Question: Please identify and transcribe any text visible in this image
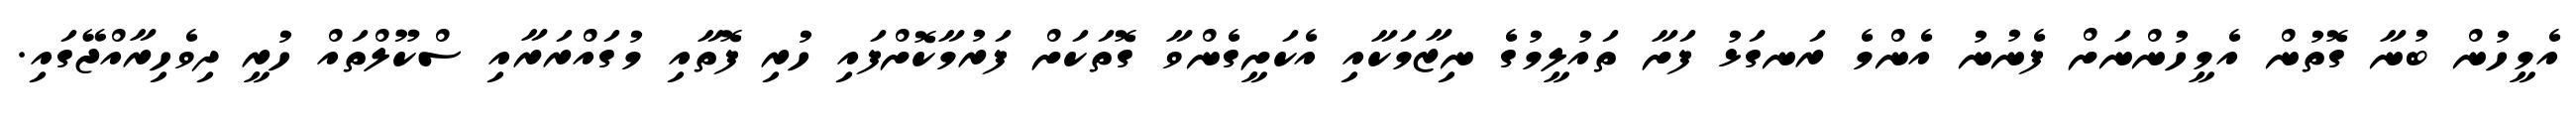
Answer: އެމީހުން ބުނާ ގޮތުން އެމީހުންނަށް ފެނުނު އެންމެ ރަނގަޅު ފަށާ ތައުލީމުގެ ނިޒާމަކާއި އެކަށީގެންވާ ގޮތަކަށް ފަރުމާކޮށްފައި ހުރި ފޮތާއި މުގައްރަރާއި ސްކޫލްތައް ހުރީ ދިވެހިރާއްޖޭގައި.